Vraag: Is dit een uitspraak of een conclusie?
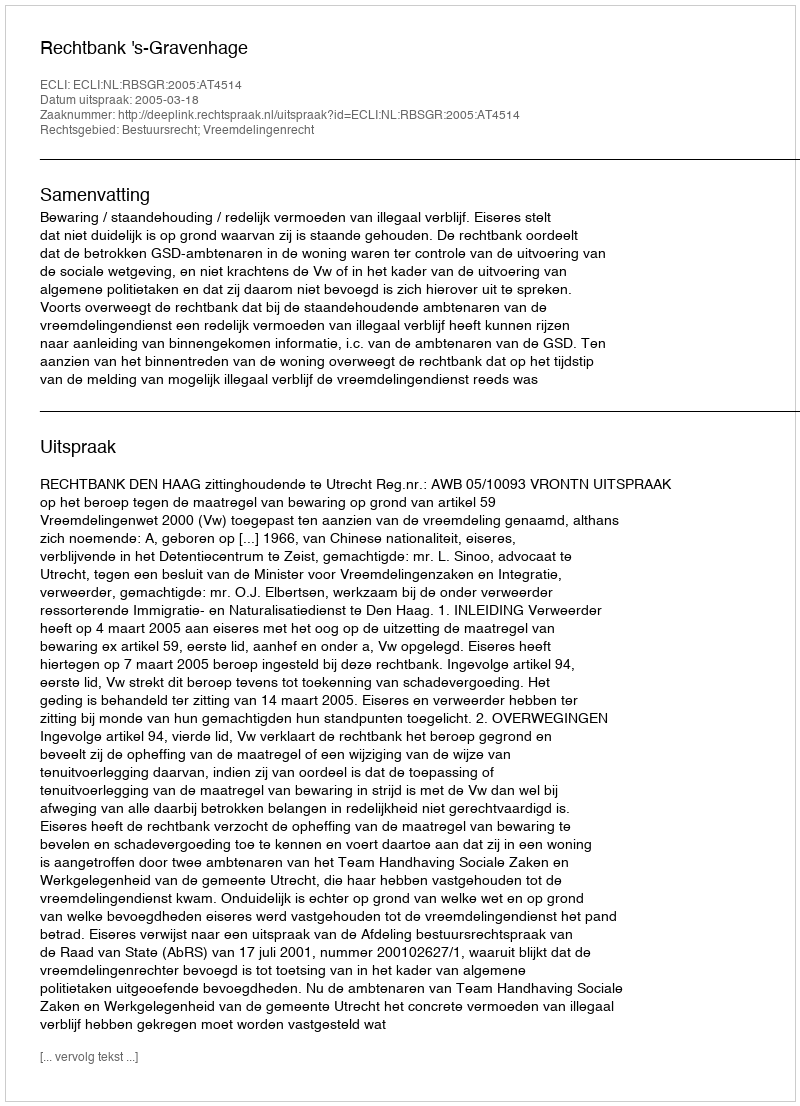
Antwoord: Uitspraak